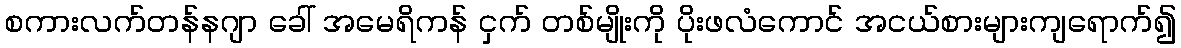
စကားလက်တန်နဂျာ ခေါ် အမေရိကန် ငှက် တစ်မျိုးကို ပိုးဖလံကောင် အငယ်စားများကျရောက်၍